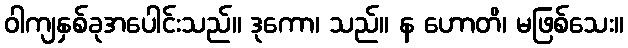
ဝါကျနှစ်ခုအပေါင်းသည်။ ဒုကော၊ သည်။ န ဟောတိ၊ မဖြစ်သေး။